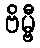
ဗိမ္ဗီ